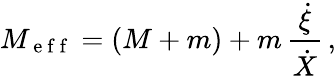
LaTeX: M_{\mathrm{~e~f~f~}}=(M+m)+m\, \frac{\dot{\xi}}{\dot{X}}\, ,